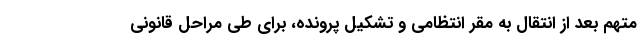
متهم بعد از انتقال به مقر انتظامی و تشکیل پرونده، برای طی مراحل قانونی